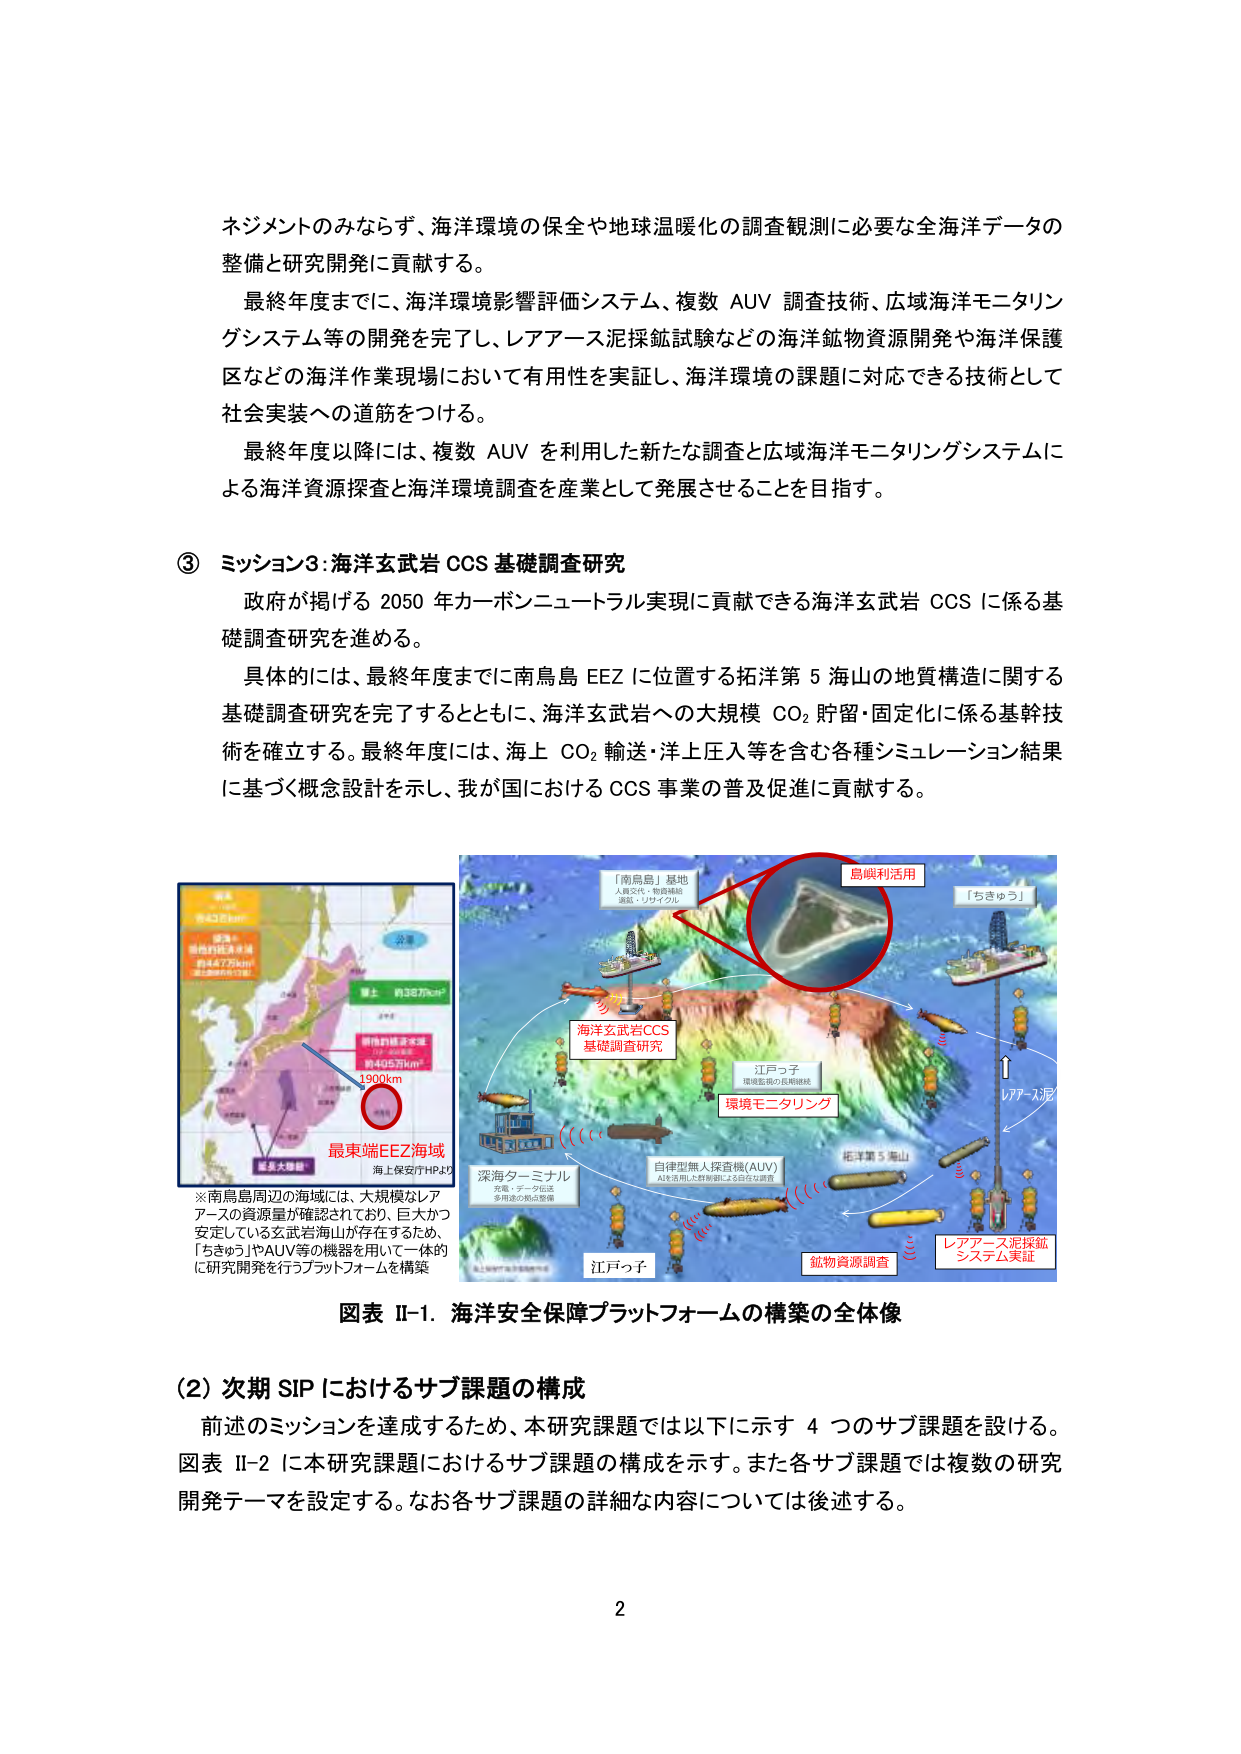
ネジメントのみならず、海洋環境の保全や地球温暖化の調査観測に必要な全海洋データの整備と研究開発に貢献する。

最終年度までに、海洋環境影響評価システム、複数 AUV 調査技術、広域海洋モニタリングシステム等の開発を完了し、レアアース泥採鉱試験などの海洋鉱物資源開発や海洋保護区などの海洋作業現場において有用性を実証し、海洋環境の課題に対応できる技術として社会実装への道筋をつける。

最終年度以降には、複数 AUV を利用した新たな調査と広域海洋モニタリングシステムによる海洋資源探査と海洋環境調査を産業として発展させることを目指す。

③ ミッション3：海洋玄武岩 CCS 基礎調査研究

政府が掲げる 2050 年カーボンニュートラル実現に貢献できる海洋玄武岩 CCS に係る基礎調査研究を進める。

具体的には、最終年度までに南鳥島 EEZ に位置する拓洋第 5 海山の地質構造に関する基礎調査研究を完了するとともに、海洋玄武岩への大規模 CO₂ 貯留・固定化に係る基幹技術を確立する。最終年度には、海上 CO₂ 輸送・洋上圧入等を含む各種シミュレーション結果に基づく概念設計を示し、我が国における CCS 事業の普及促進に貢献する。

※南鳥島周辺の海域には、大規模なレアアースの資源量が確認されており、巨大かつ安定している玄武岩海山が存在するため、「ちきゅう」やAUV等の機器を用いて一体的に研究開発を行うプラットフォームを構築

「南鳥島」基地
人員交代・物資補給
運航・リサイクル

島嶼利活用

「ちきゅう」

海洋玄武岩CCS
基礎調査研究

環境モニタリング

江戸っ子
環境監視・監視機器

自律型無人探査機(AUV)
AUVを用いた対象物による自立調査

深海ターミナル
充電・データ伝送
多用途の拠点整備

江戸っ子

鉱物資源調査

レアアース泥採鉱
システム実証

図表 II-1. 海洋安全保障プラットフォームの構築の全体像

（2）次期 SIP におけるサブ課題の構成

前述のミッションを達成するため、本研究課題では以下に示す 4 つのサブ課題を設ける。図表 II-2 に本研究課題におけるサブ課題の構成を示す。また各サブ課題では複数の研究開発テーマを設定する。なお各サブ課題の詳細な内容については後述する。

2